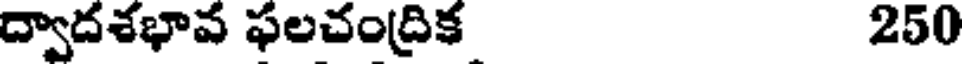
ద్వాదశభావ ఫలచంద్రిక 250